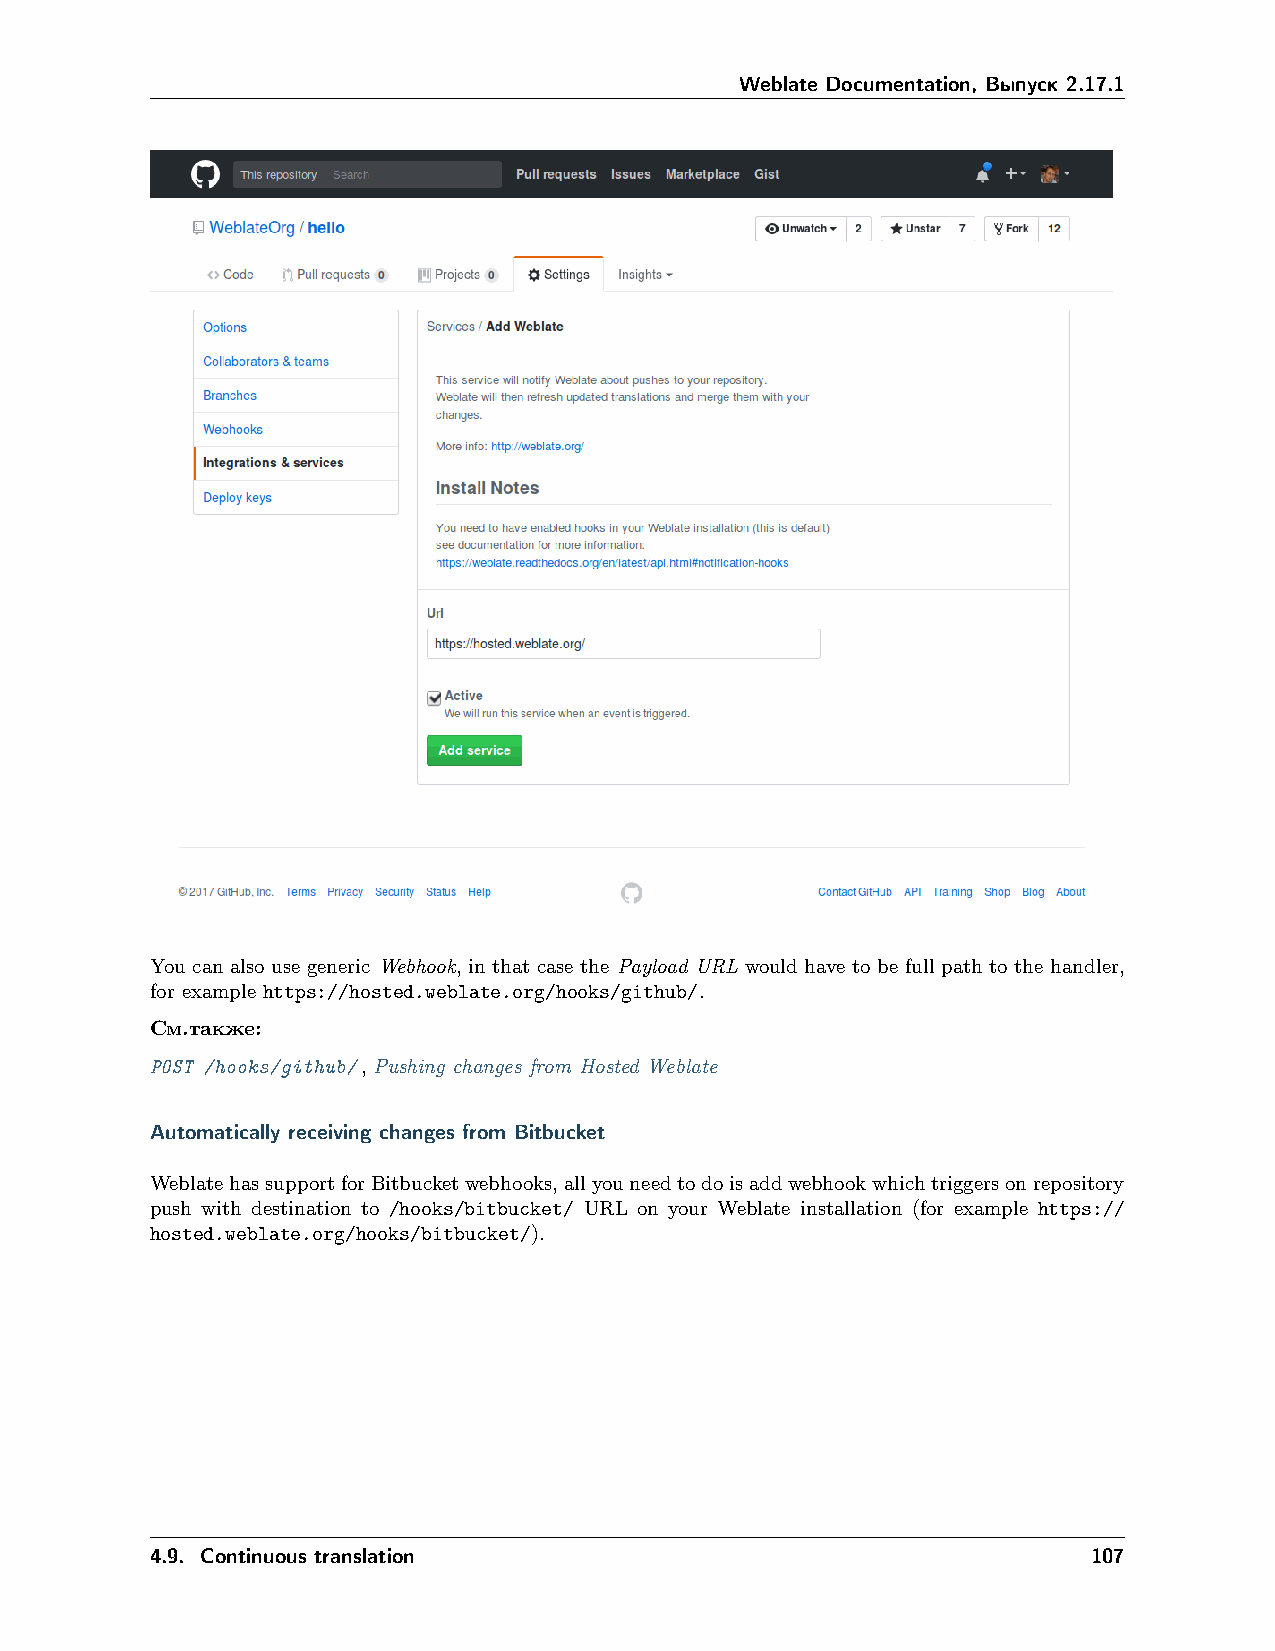
Weblate Documentation, Выпуск 2.17.1
 You can also use generic Webhook, in that case the Payload URL would have to be full path to the handler,
 for example https://hosted.weblate.org/hooks/github/.
 См.также:
 POST /hooks/github/, Pushing changes from Hosted Weblate
 Automatically receiving changes from Bitbucket
 WeblatehassupportforBitbucketwebhooks,allyouneedtodoisaddwebhookwhichtriggersonrepository
 push with destination to /hooks/bitbucket/ URL on your Weblate installation (for example https://
 hosted.weblate.org/hooks/bitbucket/).
 4.9. Continuous translation                                   107